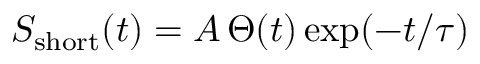
S _ { \mathrm { s h o r t } } ( t ) = A \, \Theta ( t ) \exp ( - t / \tau )